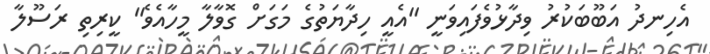
އެހިނދު އަބޫބަކުރު ވިދާޅުވެފައިވަނީ ''އެއީ ހިދާޔަތުގެ މަގަށް ގޮވާލާ މީހާއެވެ'' ކީރިތި ރަސޫލާ